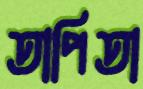
তাপিতা